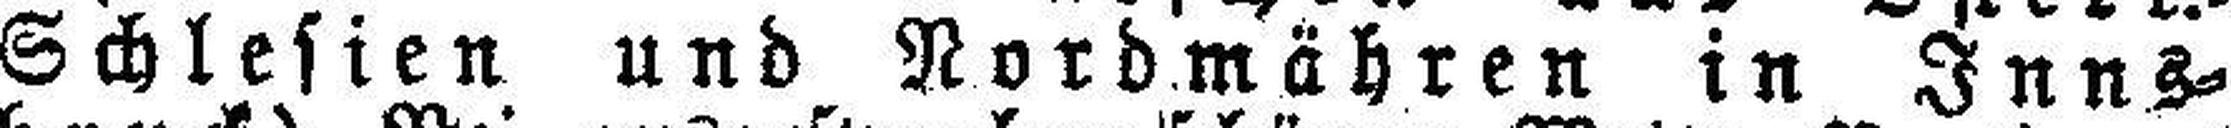
Schlesien und Nordmähren in Inns¬